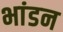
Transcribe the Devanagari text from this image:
भांडन